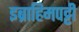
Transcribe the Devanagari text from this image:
इब्राहिमपट्टी